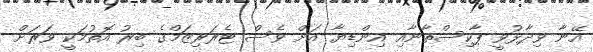
އޭނާ ވިދާޅުވީ ޕާކިސްތާނާއި އިންޑިޔާ އަށް ވެސް ޓެރަރިޒަމްގެ ބިރު އޮތުމަކީ ވަރަށް